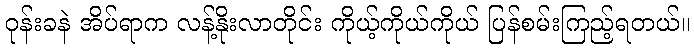
ဝုန်းခနဲ အိပ်ရာက လန့်နိုးလာတိုင်း ကိုယ့်ကိုယ်ကိုယ် ပြန်စမ်းကြည့်ရတယ်။